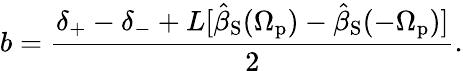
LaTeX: b=\frac{\delta_{+}-\delta_{-}+L[\hat{\beta}_{\mathrm{S}}(\Omega_{\mathrm{p}})-\hat{\beta}_{\mathrm{S}}(-\Omega_{\mathrm{p}})]}{2}.